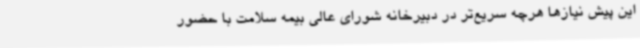
این پیش نیازها هرچه سریع‌تر در دبیرخانه شورای عالی بیمه سلامت با حضور